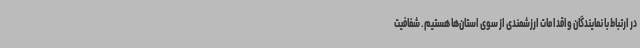
در ارتباط با نمایندگان واقدامات ارزشمندی از سوی استان‌ها هستیم. شفافیت